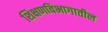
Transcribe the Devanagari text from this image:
शिक्षणविभागातील